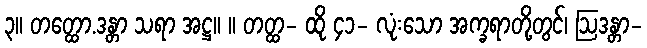
၃။ တတ္ထော.ဒန္တာ သရာ အဋ္ဌ။ ။ တတ္ထ- ထို ၄၁- လုံးသော အက္ခရာတို့တွင်၊ ဩဒန္တာ-